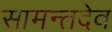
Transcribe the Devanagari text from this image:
सामन्तदेव